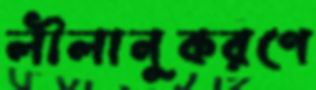
লীলানুকরণে